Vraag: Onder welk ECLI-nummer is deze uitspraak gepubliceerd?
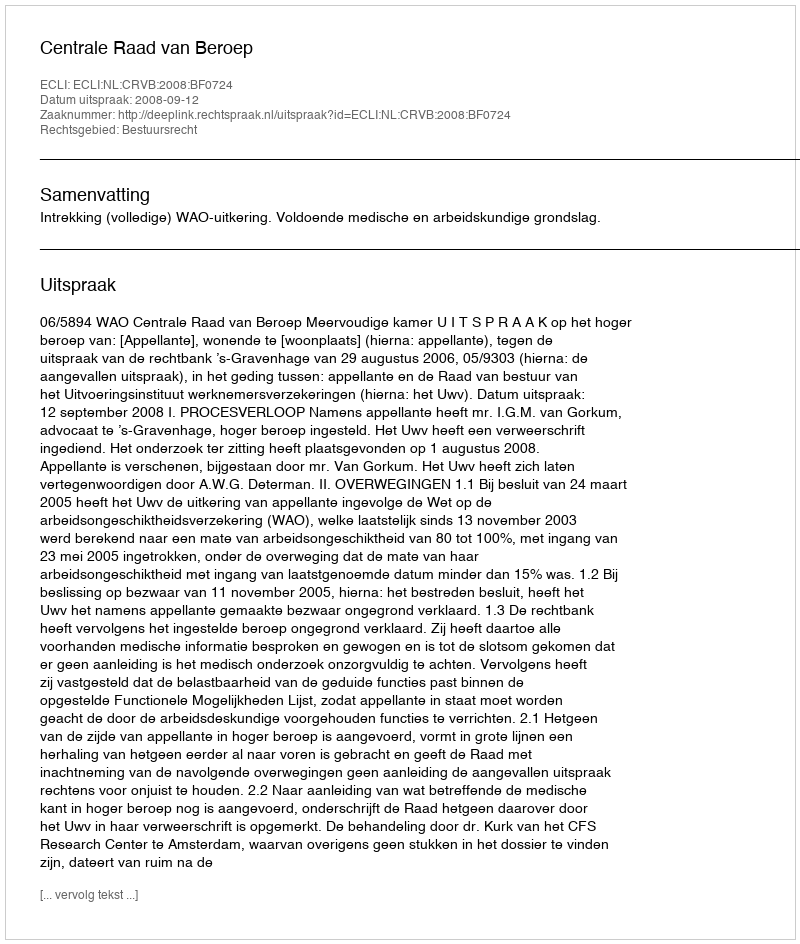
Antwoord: ECLI:NL:CRVB:2008:BF0724